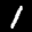
Label: 1